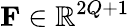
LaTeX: \mathbf{F}\in\mathbb{R}^{2Q+1}